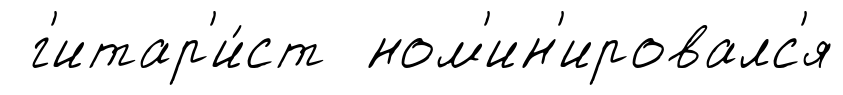
г'итар'и́ст ном'ин'ировалс'я